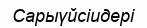
Сарыүйсіидері